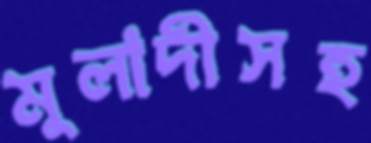
মুলাদীসহ